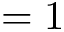
= 1